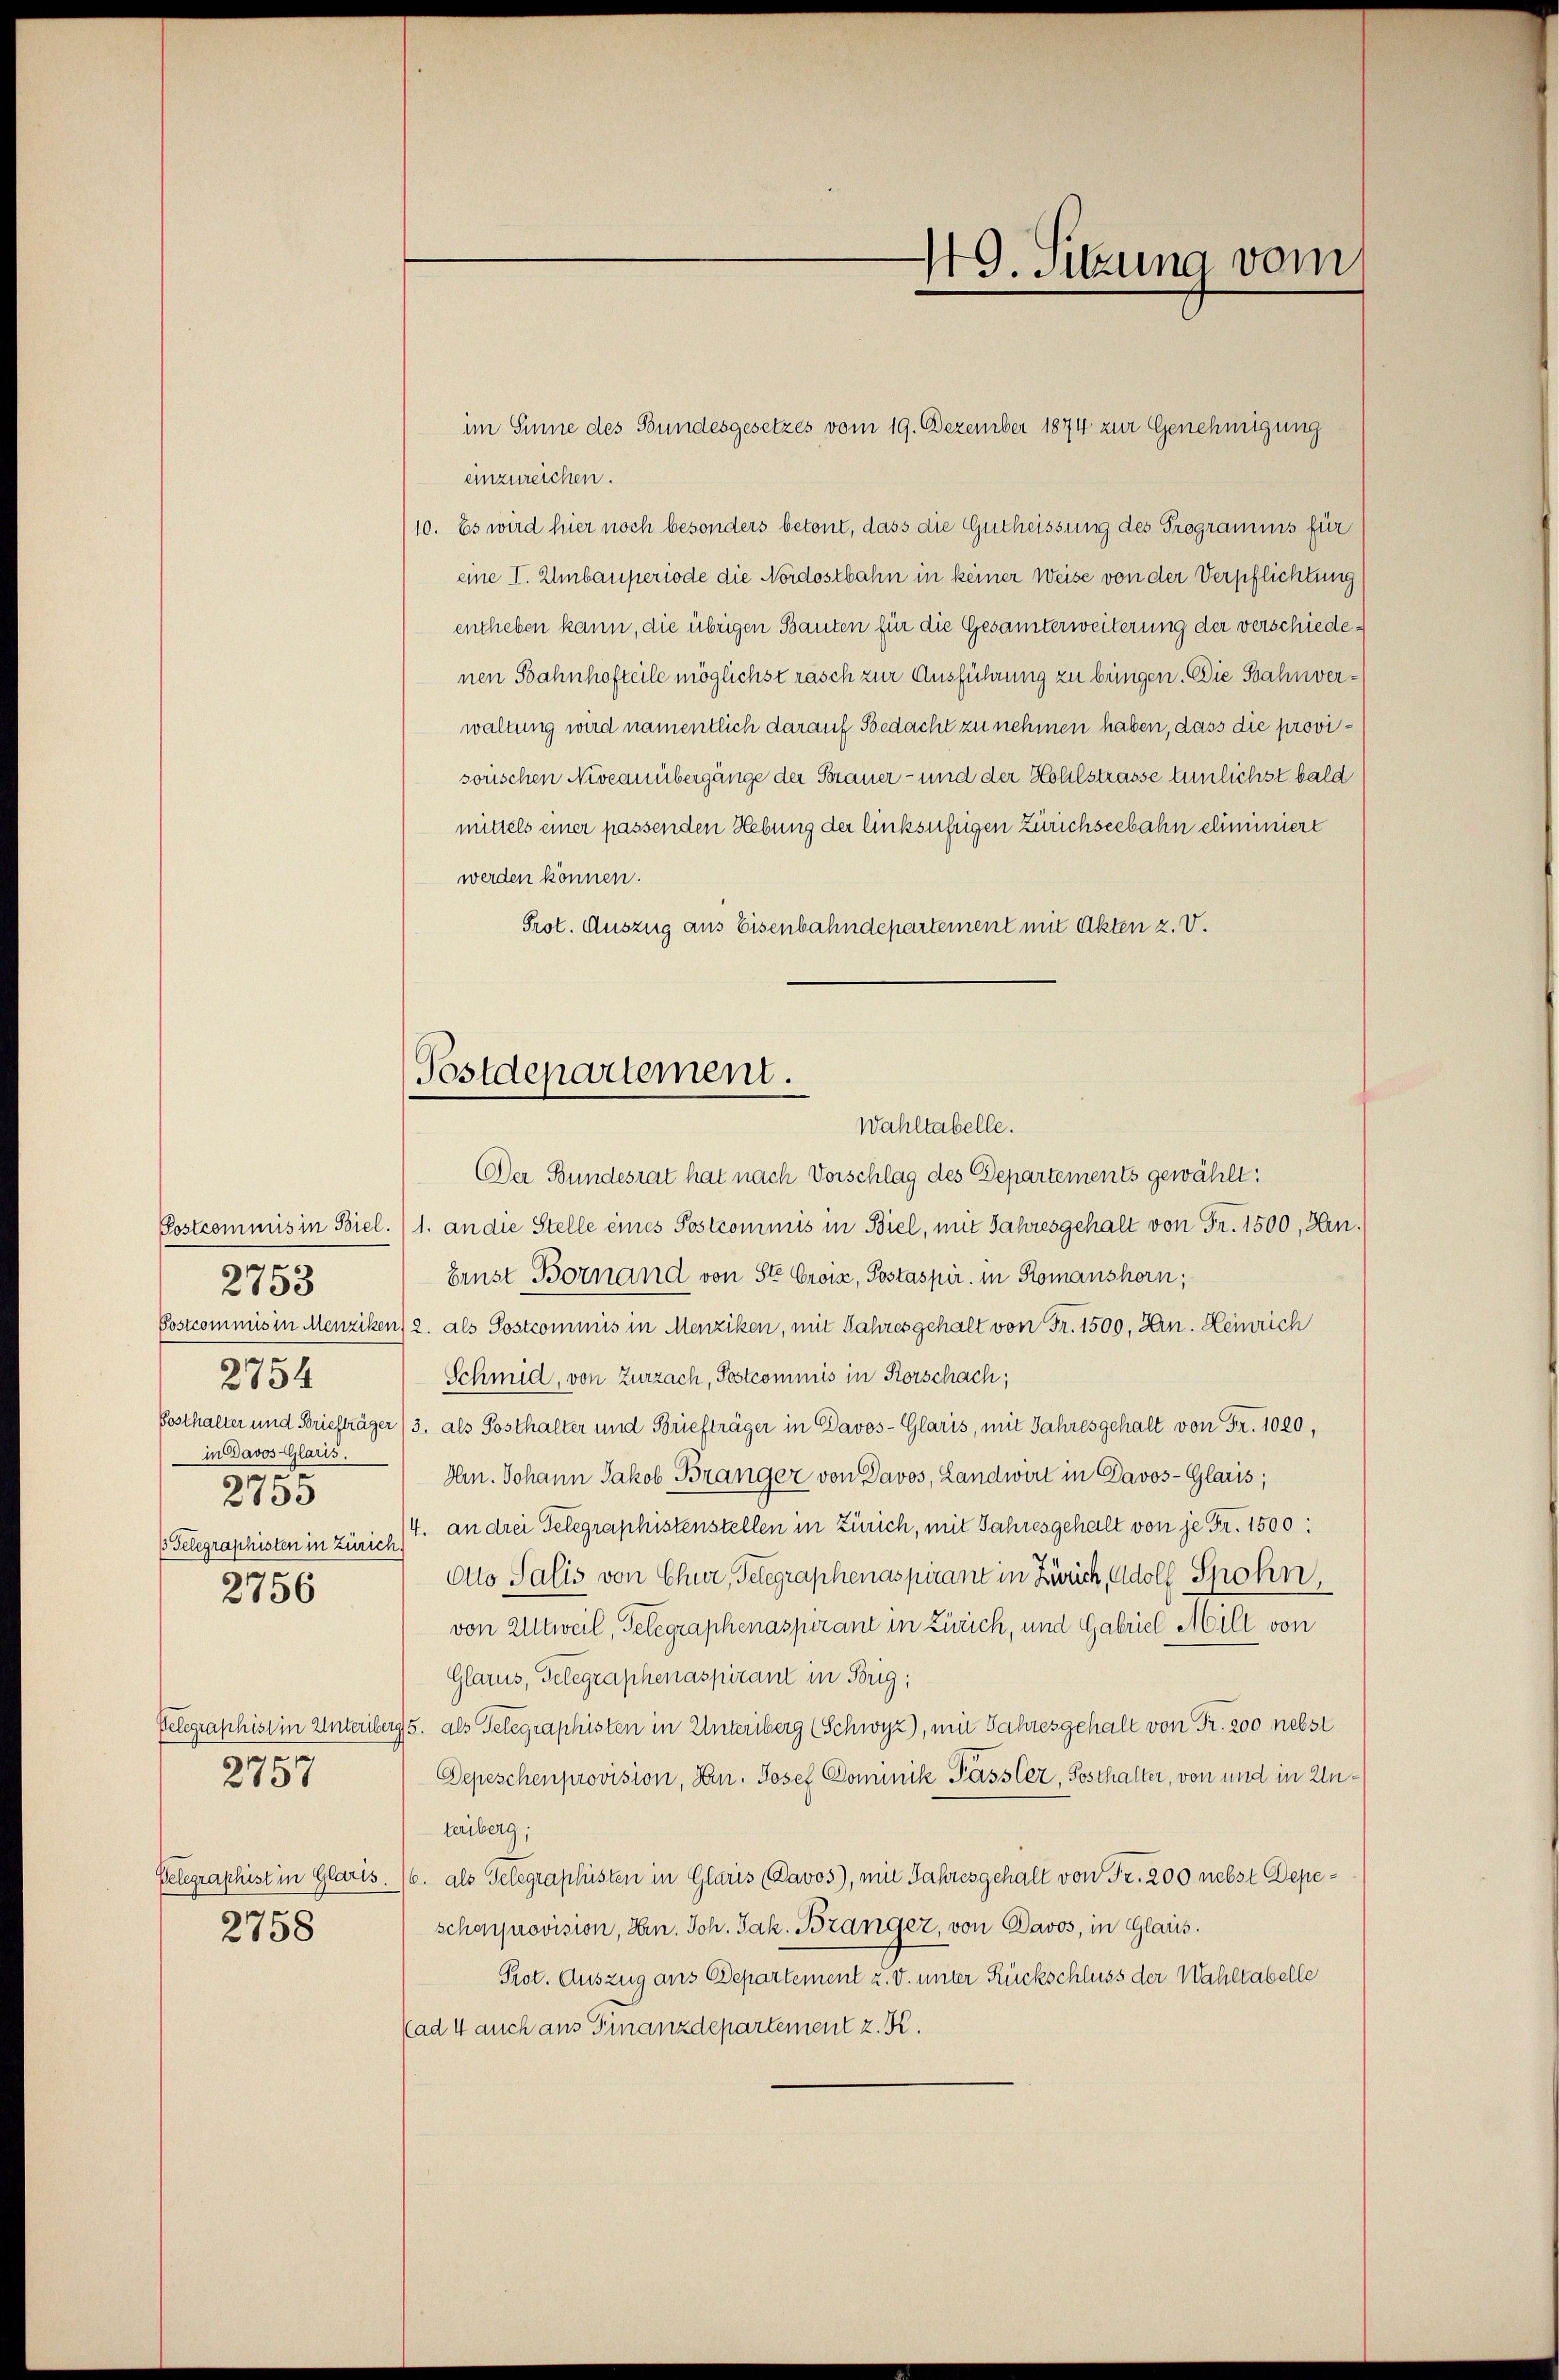
.
133
e
2734
in Davos Glaris.
5900
2133
 Telegraphisten in Zürich.
2756

2758

2757

einzureichen.
10. Es wird hier noch besonders betont, dass die Gutheissung des Programms für
eine I. Umbauperiode die Nordostbahn in keiner Weise von der Verpflichtung
entheben kann, die übrigen Bauten für die Gesamterweiterung der verschiedenen Sahnhofteile möglichst rasch zur Ausführung zu bringen. Die Bahnverwaltung wird namentlich darauf Bedacht zu nehmen haben, dass die provisorischen Niveanübergänge der Strauer- und der Hohlstrasse tunlichst bald
mittels einer passenden Hebung der linksufrigen Zürichseebahn eliminiert
werden können.
Prot. Auszug aus Eisenbahndepartement mit Akten z. V.

Postdepartement.
Wahltabelle.

49. Sitzung vom

im Sinne des Bundesgesetzes vom 19. Dezember 1874 zur Genehmigung

Der Bundesrat hat nach Vorschlag des Departements gewählt:
Postcommis in Biel. (1. an die Stelle eines Postcommis in Biel, mit Jahresgehalt von Fr. 1500, In
Ernst Bornand von St. Croix, Postaspir. in Romanshorn,
Postcommis in Menziken) 2. als Postcommis in Menziken, mit Jahres gehalt von Fr. 1500, Hrn. Heinrich
Schmid, von Zurzach, Postcommis in Rorschach,
Posthalter und Briefträger /3. als Posthalter und Briefträger in Davos- Glaris, mit Jahresgehalt von Fr. 1020,
Hrn. Johann Jakob Bränger von Davos, Landwirt in Davos- Glaris;
4. an drei Telegraphistenstellen in Zürich, mit Jahresgehalt von je Fr. 1500:
Otto Salis von Chur, Telegraphenaspirant in Zürich, Adolf Spohn,
von Altweil, Telegraphenaspirant in Zürich, und Gabriel Mill von
Glarus, Gelegraphenaspirant in Brig;
Pelegraphist in Unterberg 5. als Telegraphisten in Unterberg (Schwyz), mit Jahresgehalt von Fr. 200 nebst
Depeschenprovision, Hrn. Josef Dominik Pässler, Posthalter, von und in Unteriberg;
Telegraphist in Glaris. 16. als Telegraphisten in Glaris (Davos), mit Jahresgehalt von Fr. 200 nebst Depeschenprovision, Hrn. Joh. Jak. Branger, von Davos, in Glarus.
Prot. Auszug aus Departement u. V. unter Rückschluss der Wahltabelle
Cad 4 auch aus Finanzdepartement z. K.